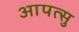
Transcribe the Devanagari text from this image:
आपत्सु